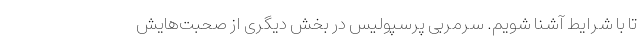
تا با شرایط آشنا شویم. سرمربی پرسپولیس در بخش دیگری از صحبت‌هایش